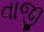
વાજી